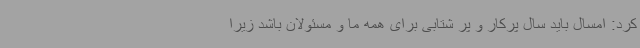
کرد: امسال باید سال پرکار و پر شتابی برای همه ما و مسئولان باشد زیرا